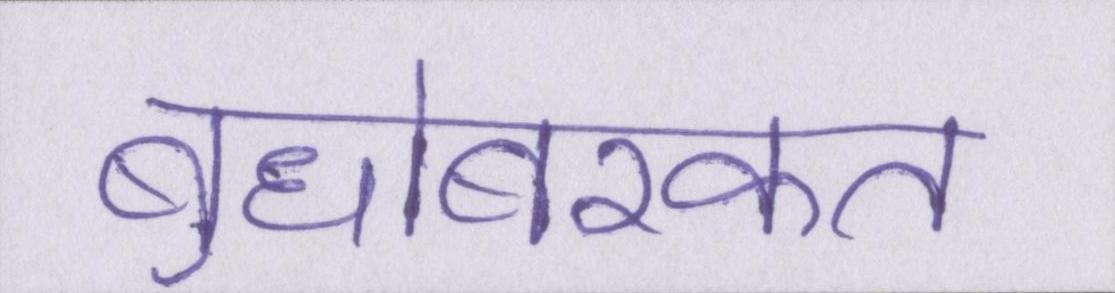
बुधोबरकत